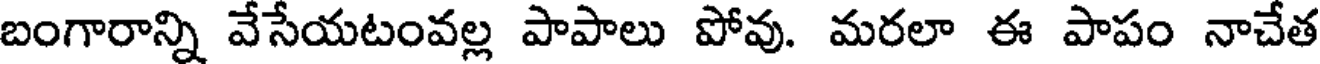
బంగారాన్ని వేసేయటంవల్ల పాపాలు పోవు. మరలా ఈ పాపం నాచేత